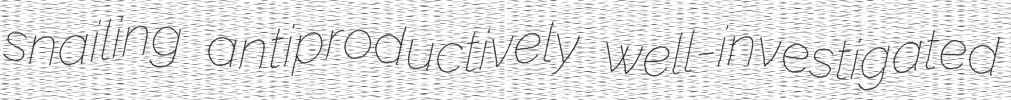
snailing antiproductively well-investigated